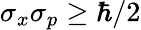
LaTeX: \sigma_{x}\sigma_{p}\geq\hbar/2